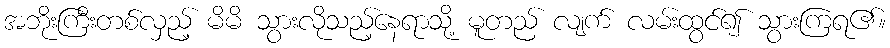
အဘိုးကြီးတစ်လှည့် မိမိ သွားလိုသည့်နေရာသို့ မူတည် လျက် လမ်းထွင်၍ သွားကြရ၏။